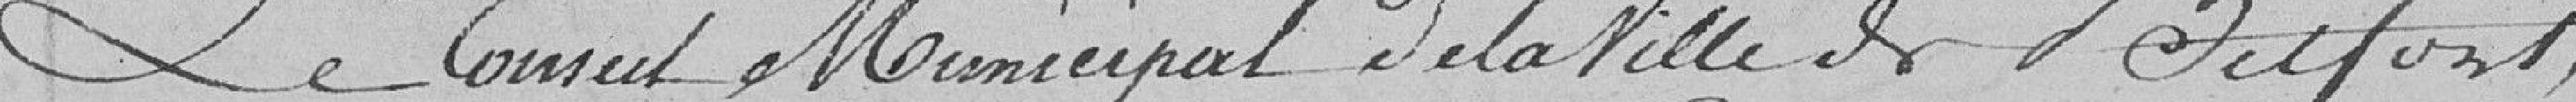
Le Conseil Municipal de la Ville de Belfort